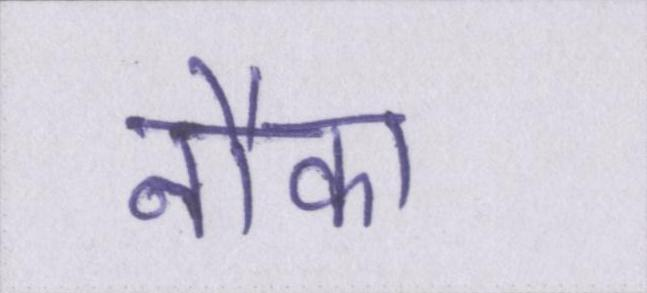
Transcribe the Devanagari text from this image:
नौका